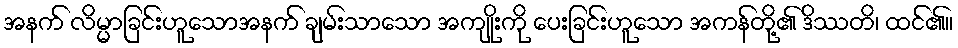
အနက် လိမ္မာခြင်းဟူသောအနက် ချမ်းသာသော အကျိုးကို ပေးခြင်းဟူသော အကန်တို့၏ ဒိဿတိ၊ ထင်၏။